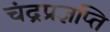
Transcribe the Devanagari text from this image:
चंद्रप्रज्ञप्ति